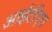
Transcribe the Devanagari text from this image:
आईटीएप